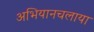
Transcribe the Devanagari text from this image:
अभियानचलाया